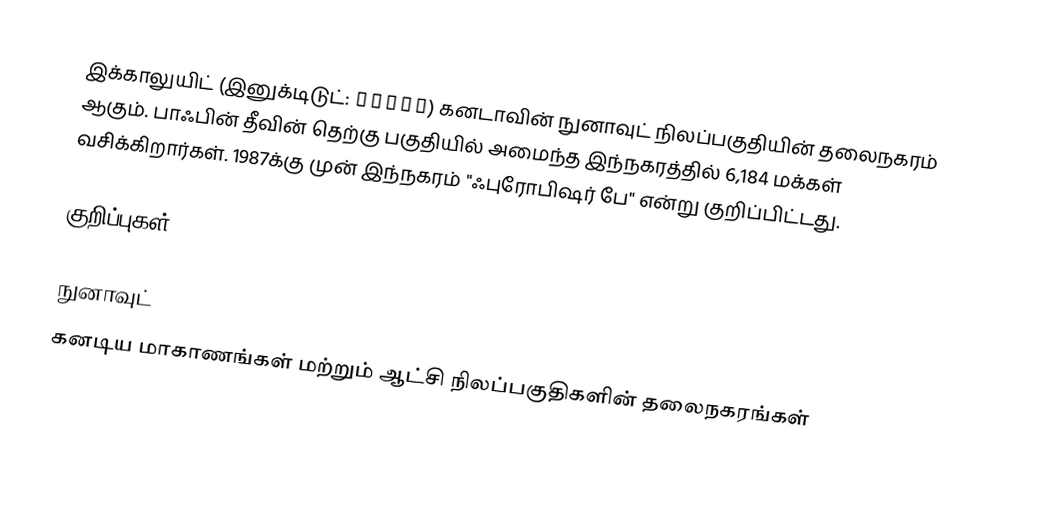
இக்காலுயிட் (இனுக்டிடுட்: ᐃᖃᓗᐃᑦ) கனடாவின் நுனாவுட் நிலப்பகுதியின் தலைநகரம் ஆகும். பாஃபின் தீவின் தெற்கு பகுதியில் அமைந்த இந்நகரத்தில் 6,184 மக்கள் வசிக்கிறார்கள். 1987க்கு முன் இந்நகரம் "ஃபுரோபிஷர் பே" என்று குறிப்பிட்டது.

குறிப்புகள்

நுனாவுட்
கனடிய மாகாணங்கள் மற்றும் ஆட்சி நிலப்பகுதிகளின் தலைநகரங்கள்